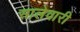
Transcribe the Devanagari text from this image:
सालेवारी